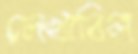
লেখাবিল